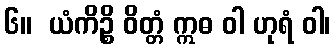
၆။  ယံကိဉ္စိ ဝိတ္တံ ဣဓ ဝါ ဟုရံ ဝါ၊